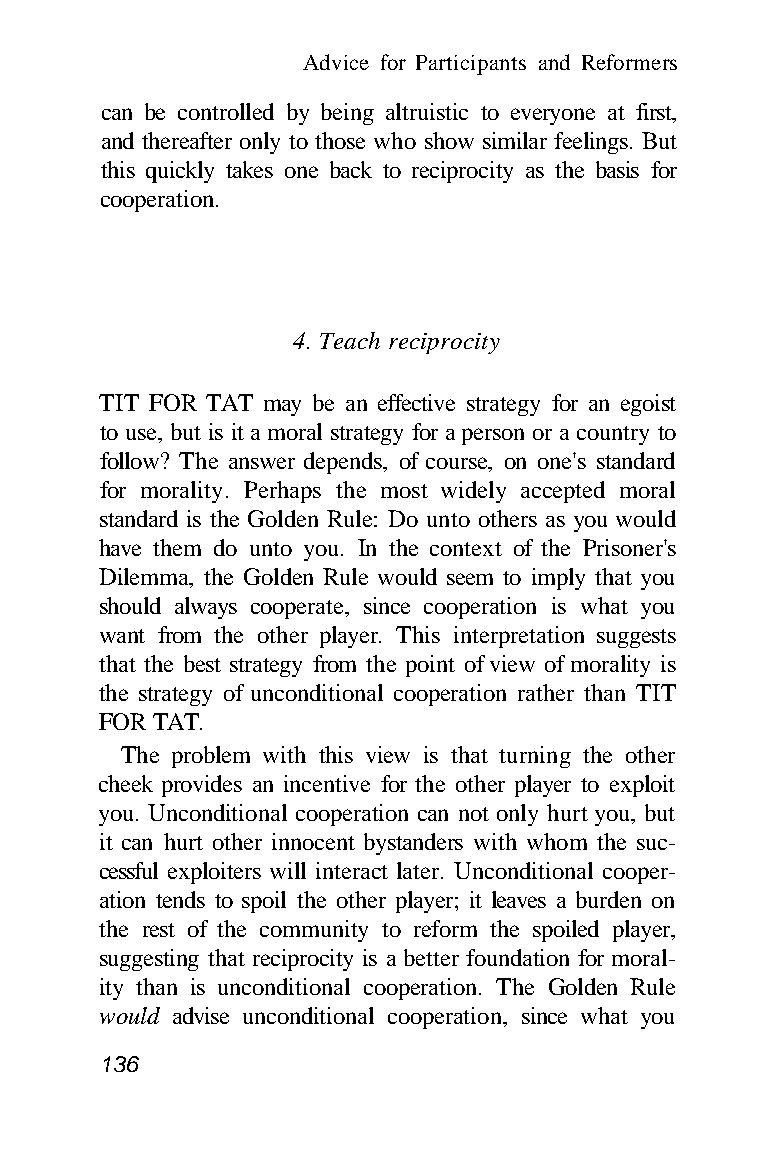
Advice for Participants and Reformers
 can be controlled by being altruistic to everyone at first,
 and thereafter only to those who show similar feelings. But
 this quickly takes one back to reciprocity as the basis for
 cooperation.
 4. Teach reciprocity
 TIT FOR TAT may be an effective strategy for an egoist
 to use, but is it a moral strategy for a person or a country to
 follow? The answer depends, of course, on one's standard
 for morality. Perhaps the most widely accepted moral
 standard is the Golden Rule: Do unto others as you would
 have them do unto you. In the context of the Prisoner's
 Dilemma, the Golden Rule would seem to imply that you
 should always cooperate, since cooperation is what you
 want from the other player. This interpretation suggests
 that the best strategy from the point of view of morality is
 the strategy of unconditional cooperation rather than TIT
 FOR TAT.
 The problem with this view is that turning the other
 cheek provides an incentive for the other player to exploit
 you. Unconditional cooperation can not only hurt you, but
 it can hurt other innocent bystanders with whom the suc-
 cessful exploiters will interact later. Unconditional cooper-
 ation tends to spoil the other player; it leaves a burden on
 the rest of the community to reform the spoiled player,
 suggesting that reciprocity is a better foundation for moral-
 ity than is unconditional cooperation. The Golden Rule
 would advise unconditional cooperation, since what you
 136